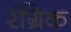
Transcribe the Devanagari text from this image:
रंग्रिक